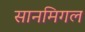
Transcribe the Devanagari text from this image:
सानमिगल